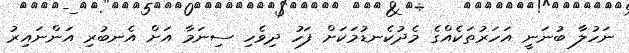
ނަހުލާ ބުނަނީ އަހަރުތަކެއްގެ މެދުކެނޑުމަކަށް ފަހު ދިވެހި ސިނަމާ އަށް އެނބުރި އަންނައިރު